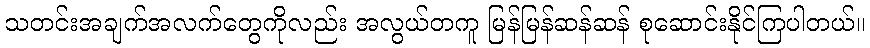
သတင်းအချက်အလက်တွေကိုလည်း အလွယ်တကူ မြန်မြန်ဆန်ဆန် စုဆောင်းနိုင်ကြပါတယ်။